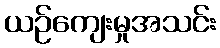
ယဉ်ကျေးမှုအသင်း